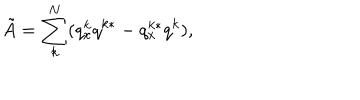
LaTeX: \tilde { A } = \sum _ { k } ^ { N } ( q _ { x } ^ { k } q ^ { k * } - q _ { x } ^ { k * } q ^ { k } ) ,